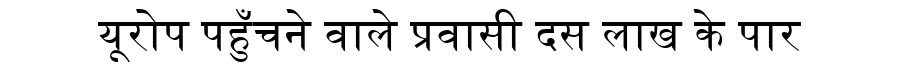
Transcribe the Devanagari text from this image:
यूरोप पहुँचने वाले प्रवासी दस लाख के पार